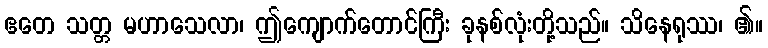
ဧတေ သတ္တ မဟာသေလာ၊ ဤကျောက်တောင်ကြီး ခုနစ်လုံးတို့သည်။ သိနေရုဿ၊ ၏။